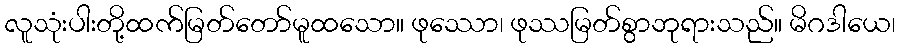
လူသုံးပါးတို့ထက်မြတ်တော်မူထသော။ ဖုဿော၊ ဖုဿမြတ်စွာဘုရားသည်။ မိဂဒါယေ၊